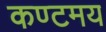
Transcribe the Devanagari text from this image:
कण्टमय